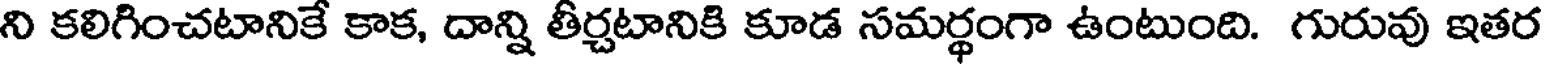
ని కలిగించటానికే కాక, దాన్ని తీర్చటానికి కూడ సమర్థంగా ఉంటుంది. గురువు ఇతర